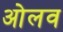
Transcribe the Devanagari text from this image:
ओलव